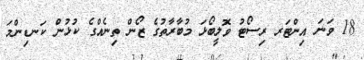
18 ވަނަ އިންޓަރ ރިސޯޓު ވޮލީބޯޅަ މުބާރާތުގެ ޒޯން ތިނެއްގެ ކުޅުން ކަނޑިންމަ